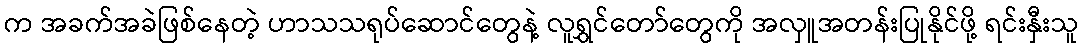
က အခက်အခဲဖြစ်နေတဲ့ ဟာသသရုပ်ဆောင်တွေနဲ့ လူရွှင်တော်တွေကို အလှူအတန်းပြုနိုင်ဖို့ ရင်းနှီးသူ